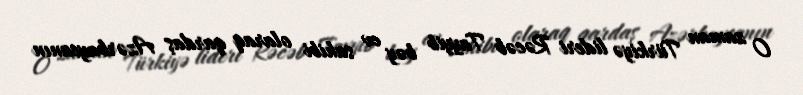
O zaman Türkiyə lideri Rəcəb Tayyib bəy ev sahibi olaraq qardaş Azərbaycanın